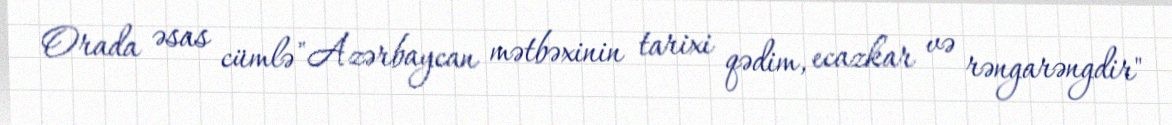
Orada əsas cümlə "Azərbaycan mətbəxinin tarixi qədim, ecazkar və rəngarəngdir"